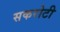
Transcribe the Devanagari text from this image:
सकरोटी